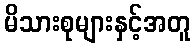
မိသားစုများနှင့်အတူ